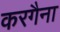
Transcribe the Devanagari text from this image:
करगैना